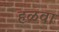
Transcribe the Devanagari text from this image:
हळवा